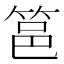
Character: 䇼